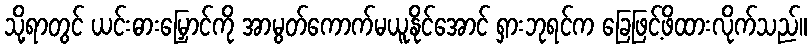
သို့ရာတွင် ယင်းဓားမြှောင်ကို အာမွတ်ကောက်မယူနိုင်အောင် ရှားဘုရင်က ခြေဖြင့်ဖိထားလိုက်သည်။